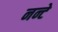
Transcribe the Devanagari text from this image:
नन्टे